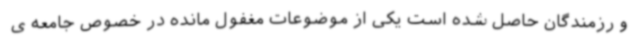
و رزمندگان حاصل شده است یکی از موضوعات مغفول مانده در خصوص جامعه ی